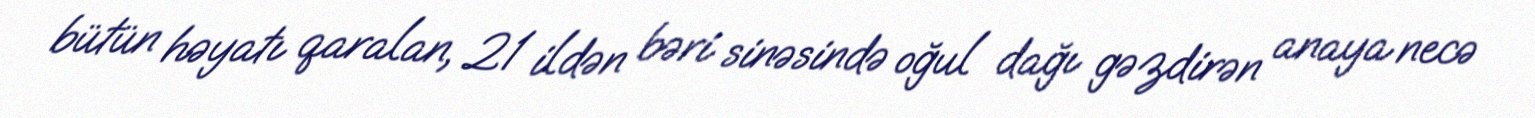
bütün həyatı qaralan, 21 ildən bəri sinəsində oğul dağı gəzdirən anaya necə